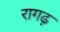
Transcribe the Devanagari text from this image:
रागढ़